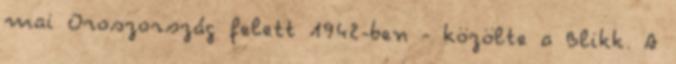
mai Oroszország felett 1942-ben - közölte a Blikk. A